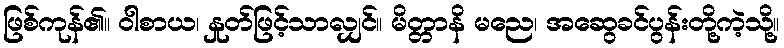
ဖြစ်ကုန်၏။ ဝါစာယ၊ နှုတ်ဖြင့်သာလျှင်။ မိတ္တာနိ မညေ၊ အဆွေခင်ပွန်းတို့ကဲ့သို့။